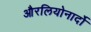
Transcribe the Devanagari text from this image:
औरलियोनार्दो